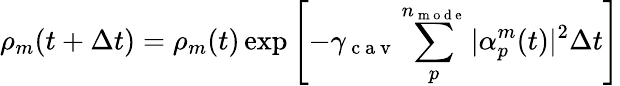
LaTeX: \rho_{m}(t+\Delta t)=\rho_{m}(t)\exp\left[-\gamma_{\mathrm{~c~a~v~}}\sum_{p}^{n_{\mathrm{~m~o~d~e~}}}|\alpha_{p}^{m}(t)|^{2}\Delta t\right]